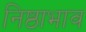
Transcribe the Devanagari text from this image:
निष्ठाभाव